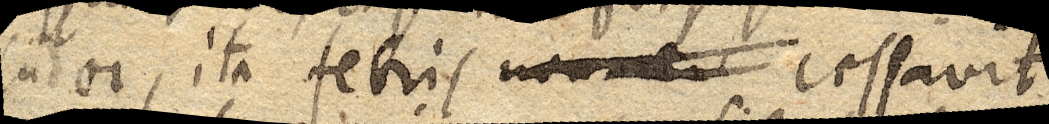
sudor, ita febris _ cessavit